Piroplasma canis and its life cycle in the tick - Number 29
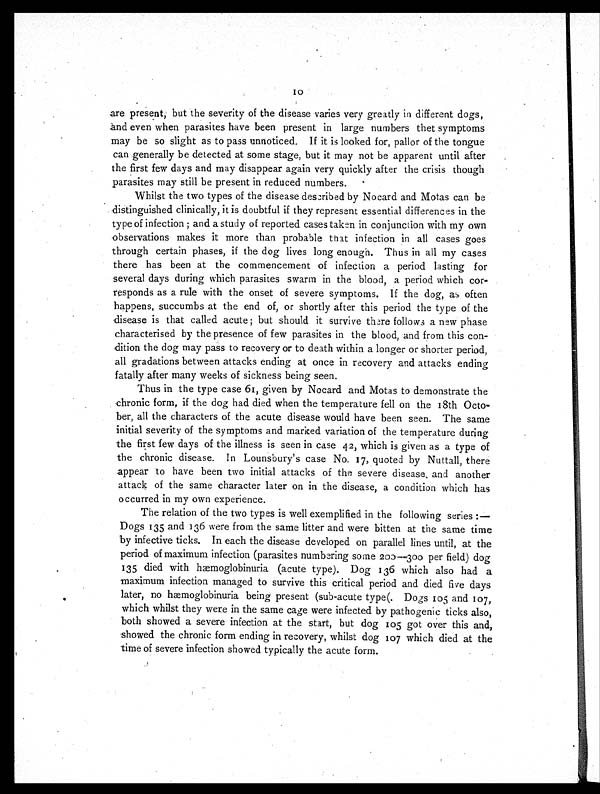
are present, but the severity of the disease varies very greatly in different dogs,
and even when parasites have been present in large numbers thet symptoms
may be so slight as to pass unnoticed. If it is looked for, pallor of the tongue
can generally be detected at some stage, but it may not be apparent until after
the first few days and may disappear again very quickly after the crisis though
parasites may still be present in reduced numbers.
Whilst the two types of the disease described by No card and Motas can be
distinguished clinically, it is doubtful if they represent essential differences in the
type of infection ; and a study of reported cases taken in conjunction with my own
observations makes it more than probable that infection in all cases goes
through certain phases, if the dog lives long enough. Thus in all my cases
there has been at the commencement of infection a period lasting for
several days during which parasites swarm in the blood, a period which cor-
responds as a rule with the onset of severe symptoms. If the dog, as often
happens, succumbs at the end of, or shortly after this period the type of the
disease is that called acute; but should it survive there follows a new phase
characterised by the presence of few parasites in the blood, and from this con-
dition the dog may pass to recovery or to death within a longer or shorter period,
all gradations between attacks ending at once in recovery and attacks ending
fatally after many weeks of sickness being seen.
Thus in the type case 61, given by Nocard and Motas to demonstrate the
chronic form, if the dog had died when the temperature fell on the 18th Octo-
ber, all the characters of the acute disease would have been seen. The same
initial severity of the symptoms and marked variation of the temperature during
the first few days of the illness is seen in case 42, which is given as a type of
the chronic disease. In Lounsbury's case No. 17, quoted by Nuttall, there
appear to have been two initial attacks of the severe disease, and another
attack of the same character later on in the disease, a condition which has
occurred in my own experience.
The relation of the two types is well exemplified in the following series:—
Dogs 135 and 136 were from the same litter and were bitten at the same time
by infective ticks. In each the disease developed on parallel lines until, at the
period of maximum infection (parasites numbering some 200—300 per field) dog
135 died with hæmoglobinuria (acute type). Dog 136 which also had a
maximum infection managed to survive this critical period and died five days
later, no hæmoglobinuria being present (sub-acute type(. Dogs 105 and 107,
which whilst they were in the same cage were infected by pathogenic ticks also,
both showed a severe infection at the start, but dog 105 got over this and,
showed the chronic form ending in recovery, whilst dog 107 which died at the
time of severe infection showed typically the acute form.